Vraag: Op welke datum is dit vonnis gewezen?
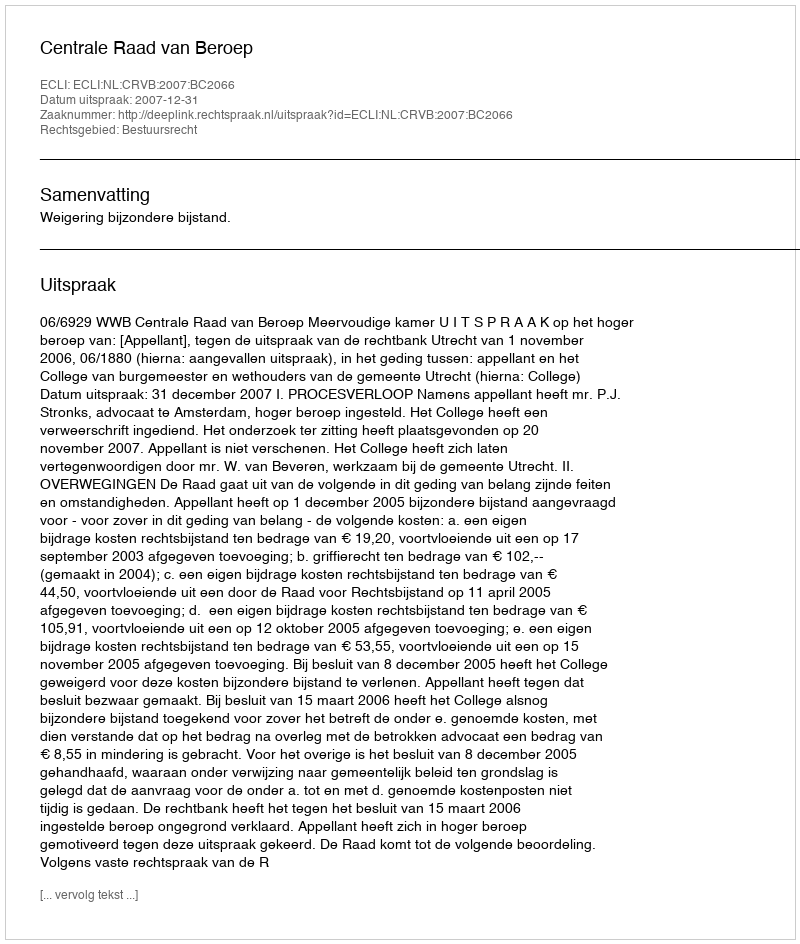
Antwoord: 2007-12-31